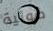
ضوئية